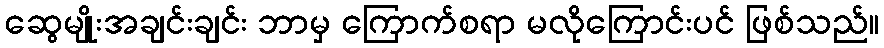
ဆွေမျိုးအချင်းချင်း ဘာမှ ကြောက်စရာ မလိုကြောင်းပင် ဖြစ်သည်။